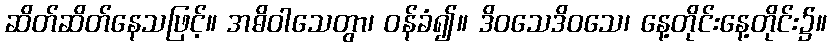
ဆိတ်ဆိတ်နေသဖြင့်။ အဓိဝါသေတွာ၊ ဝန်ခံ၍။ ဒိဝသေဒိဝသေ၊ နေ့တိုင်းနေ့တိုင်း၌။